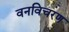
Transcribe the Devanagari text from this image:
वनविचरण